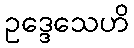
ဥဒ္ဒေသေဟိ